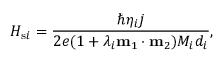
H _ { \mathrm { s } i } = \frac { \hbar \eta _ { i } j } { 2 e ( 1 + \lambda _ { i } \mathbf { m } _ { 1 } \cdot \mathbf { m } _ { 2 } ) M _ { i } d _ { i } } ,